画像に写った文字を読んでください
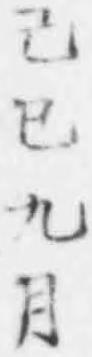
「己巳九月」と書いてあります